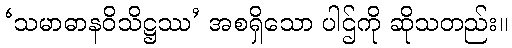
‘သမာဓာနဝိသိဋ္ဌဿ’ အစရှိသော ပါဌ်ကို ဆိုသတည်း။